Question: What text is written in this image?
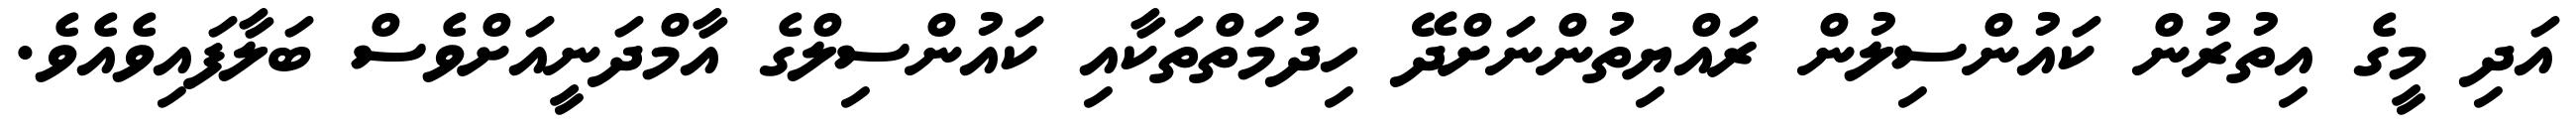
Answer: އަދި މީގެ އިތުރުން ކައުންސިލުން ރައްޔިތުންނަށްދޭ ހިދުމަތްތަކާއި ކައުންސިލްގެ އާމްދަނީއަށްވެސް ބަލާފައިވެއެވެ.